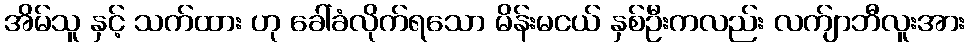
အိမ်သူ နှင့် သက်ထား ဟု ခေါ်ခံလိုက်ရသော မိန်းမငယ် နှစ်ဦးကလည်း လက်ျာဘီလူးအား